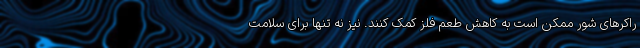
راکرهای شور ممکن است به کاهش طعم فلز کمک کنند. نیز نه تنها برای سلامت